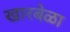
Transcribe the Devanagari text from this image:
खारबेळा